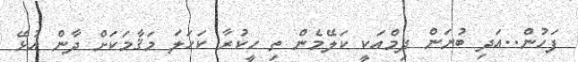
ފަހުން..އަދި ބުނަން ދިމްއަކީ ކަލޭމެން ތި ހީކުރާ ކަހަލަ މަޤާމަކަށް ދާން އުޅޭ